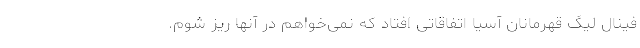
فینال لیگ قهرمانان آسیا اتفاقاتی افتاد که نمی‌خواهم در آنها ریز شوم.